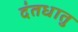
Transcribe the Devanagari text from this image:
दंतधातु